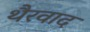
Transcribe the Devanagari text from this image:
थैरवाद